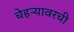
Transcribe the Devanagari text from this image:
चेहऱ्यावरची